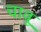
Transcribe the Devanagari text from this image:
चावू